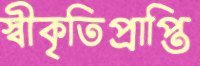
স্বীকৃতিপ্রাপ্তি